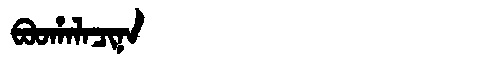
Manchu: ᠪᠣᠣᡥᠠᠯᠠᠴᡳᠨᠠ
Romanization: BOOHALACINA